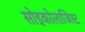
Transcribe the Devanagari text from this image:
सोइकोलाजिस्ट